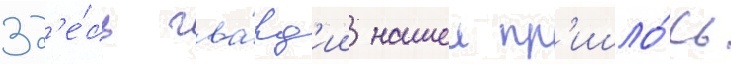
Зд'е́сь гва́рд'ии нашеи пр'ишло́сь